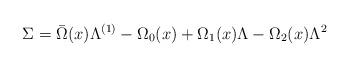
LaTeX: \begin{align*}\Sigma = \bar{\Omega}(x) \Lambda^{(1)} - \Omega_0 (x) + \Omega_1 (x) \Lambda - \Omega_2 (x) \Lambda^2 \end{align*}